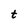
Character: t